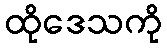
ထိုဒေသကို